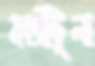
কাজীটুলা